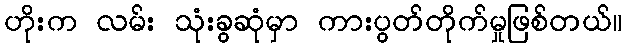
ဟိုးက လမ်း သုံးခွဆုံမှာ ကားပွတ်တိုက်မှုဖြစ်တယ်။